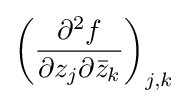
\left({\frac {\partial ^{2}f}{\partial z_{j}\partial {\bar {z}}_{k}}}\right)_{j,k}